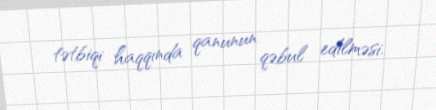
tətbiqi haqqında qanunun qəbul edilməsi.